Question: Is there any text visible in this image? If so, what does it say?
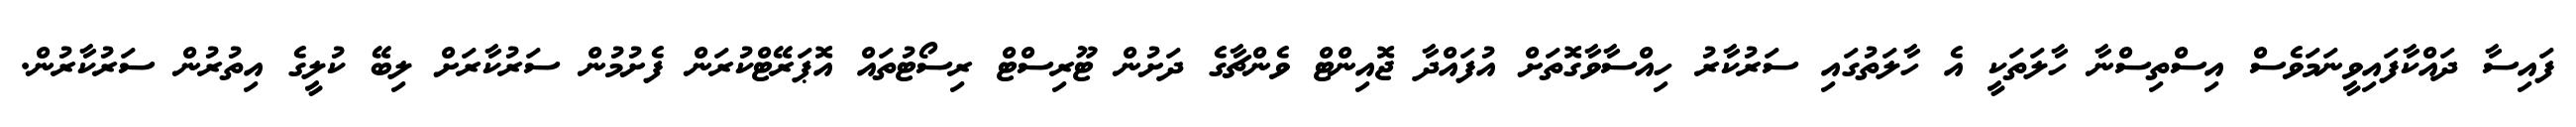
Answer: ފައިސާ ދައްކާފައިވީނަމަވެސް އިސްތިސްނާ ހާލަތަކީ އެ ހާލަތުގައި ސަރުކާރު ހިއްސާވާގޮތަށް އުފައްދާ ޖޮއިންޓް ވެންޗާގެ ދަށުން ޓޫރިސްޓް ރިސޯޓުތައް އޮޕަރޭޓްކުރަން ފެށުމުން ސަރުކާރަށް ލިބޭ ކުލީގެ އިތުރުން ސަރުކާރުން.